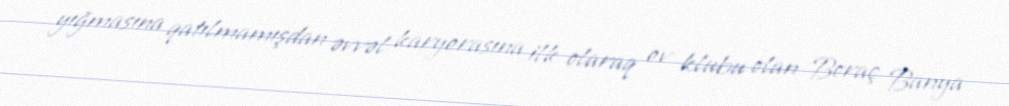
yığmasına qatılmamışdan əvvəl karyerasına ilk olaraq ev klubu olan Boraç Banya